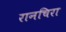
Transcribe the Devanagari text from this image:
रानचिरा